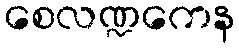
စေလဏ္ဍကေန